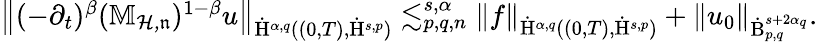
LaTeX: \begin{array}{r}{\left\lVert(-\partial_{t})^{\beta}(\mathbb{M}_{\mathcal{H,\mathfrak{n}}})^{1-\beta}u\right\rVert_{\dot{\mathrm{H}}^{\alpha,q}((0,T),\dot{\mathrm{H}}^{s,p})}\lesssim_{p,q,n}^{s,\alpha}\left\lVert f\right\rVert_{\dot{\mathrm{H}}^{\alpha,q}((0,T),\dot{\mathrm{H}}^{s,p})}+\left\lVert u_{0}\right\rVert_{\dot{\mathrm{B}}_{p,q}^{s+2\alpha_{q}}}\mathrm{.~}}\end{array}